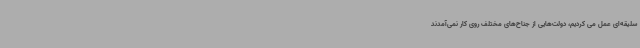
سلیقه‌ای عمل می کردیم، دولت‌هایی از جناح‌های مختلف روی کار نمی‌آمدند